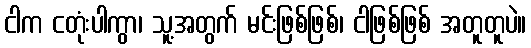
ငါက ငတုံးပါကွာ၊ သူ့အတွက် မင်းဖြစ်ဖြစ်၊ ငါဖြစ်ဖြစ် အတူတူပဲ။